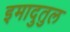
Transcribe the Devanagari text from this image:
इमादुतुल